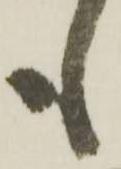
も